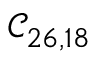
\mathcal { C } _ { 2 6 , 1 8 }